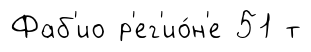
Фаб'ио р'ег'ио́н'е 51 т